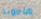
هاموند